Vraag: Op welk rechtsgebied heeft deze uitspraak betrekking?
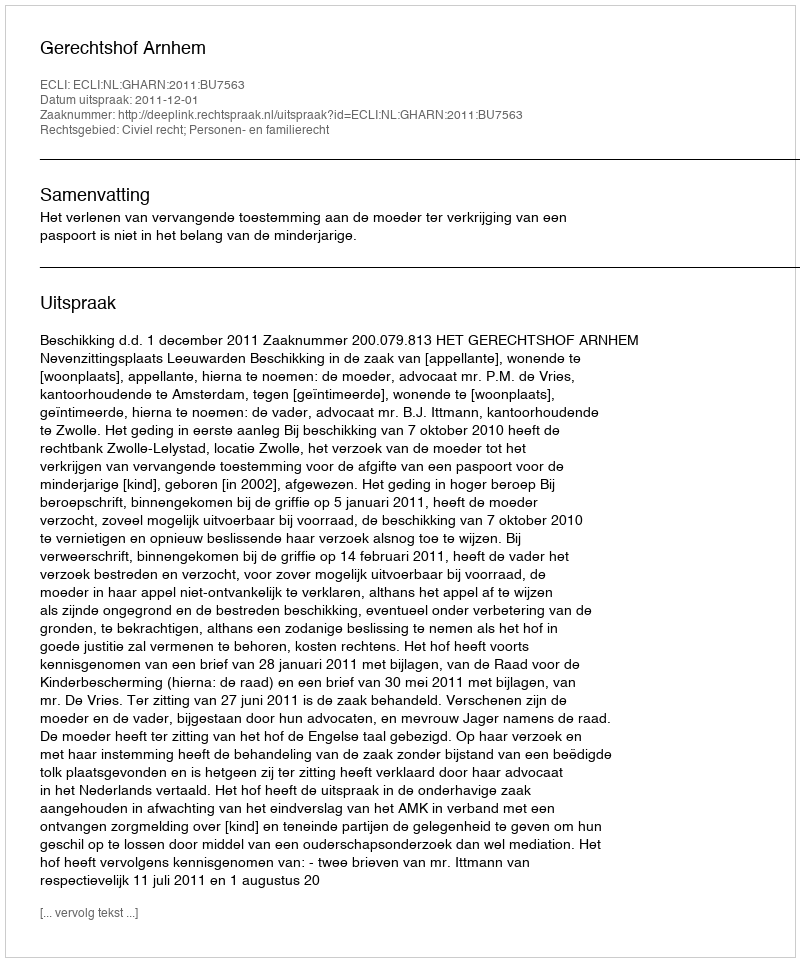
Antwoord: Civiel recht; Personen- en familierecht